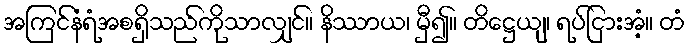
အကြင်နံရံအစရှိသည်ကိုသာလျှင်။ နိဿာယ၊ မှီ၍။ တိဋ္ဌေယျ၊ ရပ်ငြားအံ့။ တံ